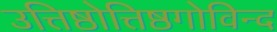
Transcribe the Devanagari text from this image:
उत्तिष्ठोत्तिष्ठगोविन्द